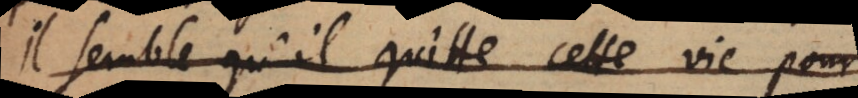
Il semble qu’il quitte cette vie pour